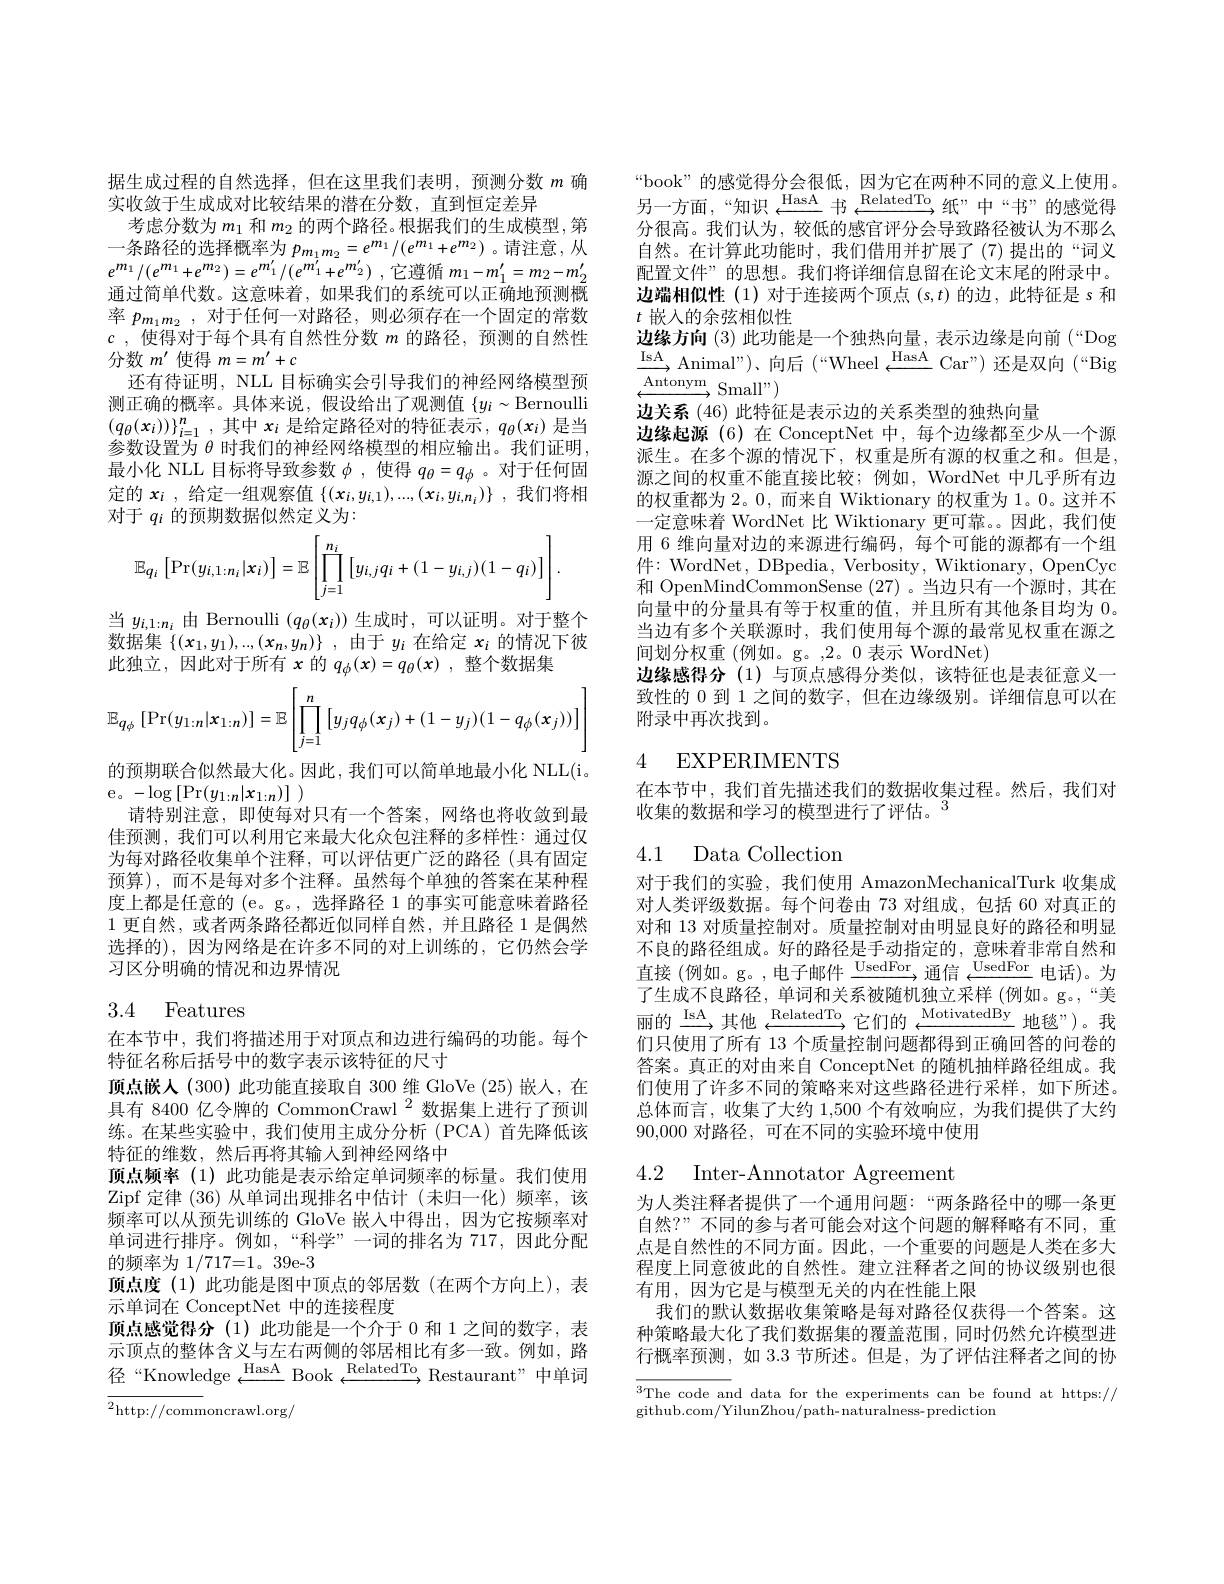
据生成过程的自然选择，但在这里我们表明，预测分数$m$确
实收敛于生成成对比较结果的潜在分数，直到恒定差异
考虑分数为$m_1$和$m_2$的两个路径。根据我们的生成模型，第一条路径的选择概率为$p_{m_1m_2}=e^{m_1}/(e^{m_1}+e^{m_2})$ 。请注意，从$e^{m_{1}}/ ( e^{m_{1}}+ e^{m_{2}}) = e^{m_{1}^{\prime }}/ ( e^{m_{1}^{\prime }}+ e^{m_{2}^{\prime }})$ ,它遵循$m_1-m_{1}^{\prime}=m_{2}-m_{2}^{\prime}$ 通过简单代数。这意味着，如果我们的系统可以正确地预测概率$p_{m_1m_2}$,对于任何一对路径，则必须存在一个固定的常数$c$ , 使得对于每个具有自然性分数 $m$ 的路径，预测的自然性分数$m^\prime$使得$m=m^\prime+c$
还有待证明，NLL 目标确实会引导我们的神经网络模型预测正确的概率。具体来说，假设给出了观测值$\{y_i\sim$Bernoulli $(q_\theta(x_i))\}_{i=1}^n$,其中$x_i$是给定路径对的特征表示，$q_\theta(x_i)$是当参数设置为$\theta$时我们的神经网络模型的相应输出。我们证明， 最小化 NLL 目标将导致参数$\phi$ ,使得$q_\theta=q_\phi$ 。对于任何固定的$x_i$ ,给定一组观察值$\{(x_i,y_{i,1}),...,(x_i,y_{i,n_i}^{\prime})\}$ ,我们将相对于$q_i$的预期数据似然定义为：
$$\mathbb{E}_{q_i}\left[\Pr(y_{i,1:n_i}|x_i)\right]=\mathbb{E}\left[\prod_{j=1}^{n_i}\left[y_{i,j}q_i+(1-y_{i,j})(1-q_i)\right]\right].$$
当$y_{i,1:n_i}$由 Bernoulli $(q_\theta(x_i))$生成时，可以证明。对于整个数据集$\{(x_1,y_1),..,(x_n,y_n)\}$ ,由于$y_i$在给定$x_i$的情况下彼此独立，因此对于所有$x$的$q_\phi(x)=q_\theta(x)$ ,整个数据集
$$\mathbb{E}_{q_\phi}\left[\Pr(y_{1:n}|x_{1:n})\right]=\mathbb{E}\left[\prod_{j=1}^n\left[y_jq_\phi(x_j)+(1-y_j)(1-q_\phi(x_j))\right]\right]$$
的预期联合似然最大化。因此，我们可以简单地最小化 NLL(i。
e。$-\log\left[\Pr(y_{1:n}|x_{1:n})\right])$
请特别注意，即使每对只有一个答案，网络也将收敛到最佳预测，我们可以利用它来最大化众包注释的多样性：通过仅为每对路径收集单个注释，可以评估更广泛的路径(具有固定预算),而不是每对多个注释。虽然每个单独的答案在某种程度上都是任意的 (e。g。, 选择路径 1 的事实可能意味着路径1更自然，或者两条路径都近似同样自然，并且路径 1 是偶然选择的),因为网络是在许多不同的对上训练的，它仍然会学习区分明确的情况和边界情况
3.4 Features

在本节中，我们将描述用于对顶点和边进行编码的功能。每个
特征名称后括号中的数字表示该特征的尺寸
顶点嵌人 (300) 此功能直接取自 300 维 GloVe (25)嵌人，在具有 8400 亿令牌的 CommonCrawl $^{2}$数据集上进行了预训练。在某些实验中，我们使用主成分分析(PCA)首先降低该特征的维数，然后再将其输入到神经网络中
顶点频率(1)此功能是表示给定单词频率的标量。我们使用Zipf 定律 (36) 从单词出现排名中估计 (未归一化)频率，该频率可以从预先训练的 GloVe 嵌入中得出，因为它按频率对单词进行排序。例如，“科学”一词的排名为 717,因此分配的频率为 1/717=1。39e-3
顶点度(1)此功能是图中顶点的邻居数(在两个方向上),表
示单词在 ConceptNet 中的连接程度
顶点感觉得分(1)此功能是一个介于 0 和 1 之间的数字，表示顶点的整体含义与左右两侧的邻居相比有多一致。例如，路径“Knowledge $\overset{\mathrm{HasA}}{\operatorname*{\operatorname*{\longrightarrow}}}$Book $\overset{\mathrm{RelatedTo}}{\operatorname*{\operatorname*{\longrightarrow}}}$Restaurant"中单词

${\overline{{^2}\mathrm{http:}//\mathrm{comm}}}$oncrawl.org/

“book”的感觉得分会很低，因为它在两种不同的意义上使用。另一方面，“知识 $\xrightarrow{\mathrm{HasA}}$书 $\xrightarrow{\mathrm{RelatedTo}}$纸”中“书”的感觉得分很高。我们认为，较低的感官评分会导致路径被认为不那么自然。在计算此功能时，我们借用并扩展了(7)提出的“词义配置文件”的思想。我们将详细信息留在论文末尾的附录中。边端相似性(1)对于连接两个顶点$(s,t)$的边，此特征是 s 和$t$嵌入的余弦相似性
边缘方向 (3) 此功能是一个独热向量，表示边缘是向前 (“Dog $\xrightarrow{\mathrm{IsA}}$Animal")、向后$(“\mathrm{Wheel}\xleftarrow\mathrm{HasA}$Car”)还是双向$( “$Big ${\vec{\underset{\operatorname*{\operatorname*{Antonym}}}}}$Small")
边关系 (46) 此特征是表示边的关系类型的独热向量
边缘起源(6)在 ConceptNet 中，每个边缘都至少从一个源派生。在多个源的情况下，权重是所有源的权重之和。但是源之间的权重不能直接比较；例如，WordNet 中几乎所有边的权重都为2。0,而来自 Wiktionary 的权重为 1。0。这并不一定意味着 WordNet 比 Wiktionary 更可靠。因此，我们使用 6 维向量对边的来源进行编码，每个可能的源都有一个组件：WordNet, DBpedia, Verbosity, Wiktionary, OpenCyc 和 OpenMindCommonSense (27) 。当边只有一个源时，其在向量中的分量具有等于权重的值，并且所有其他条目均为0。当边有多个关联源时，我们使用每个源的最常见权重在源之间划分权重(例如。g。,2。0 表示 WordNet)
边缘感得分(1)与顶点感得分类似，该特征也是表征意义一致性的 0 到 1 之间的数字，但在边缘级别。详细信息可以在附录中再次找到。

## 4 EXPERIMENTS

在本节中，我们首先描述我们的数据收集过程。然后，我们对
收集的数据和学习的模型进行了评估。$^{3}$

## 4.1 Data Collectiom

对于我们的实验，我们使用 AmazonMechanicalTurk 收集成对人类评级数据。每个问卷由 73 对组成，包括 60 对真正的对和 13 对质量控制对。质量控制对由明显良好的路径和明显不良的路径组成。好的路径是手动指定的，意味着非常自然和直接(例如。g。,电子邮件$\xrightarrow\mathrm{UsedFor}$通信$\xrightarrow{\mathrm{UsedFor}}$电话)。为了生成不良路径，单词和关系被随机独立采样(例如。g。,“美丽的$\xrightarrow{\mathrm{IsA}}$其他$\xrightarrow{\mathrm{RelatedTo}}$它们的$\xrightarrow{\mathrm{MotivatedBy}}$地毯”)。我们只使用了所有 13 个质量控制问题都得到正确回答的问卷的答案。真正的对由来自 ConceptNet 的随机抽样路径组成。我们使用了许多不同的策略来对这些路径进行采样，如下所述。总体而言，收集了大约 1,500 个有效响应，为我们提供了大约90,000对路径，可在不同的实验环境中使用

4.2 Inter-Annotator Agreement

为人类注释者提供了一个通用问题：“两条路径中的哪一条更自然？”不同的参与者可能会对这个问题的解释略有不同，重点是自然性的不同方面。因此，一个重要的问题是人类在多大程度上同意彼此的自然性。建立注释者之间的协议级别也很有用，因为它是与模型无关的内在性能上限
我们的默认数据收集策略是每对路径仅获得一个答案。这种策略最大化了我们数据集的覆盖范围，同时仍然允许模型进行概率预测，如 3.3 节所述。但是，为了评估注释者之间的协

$\overline{3\text{The code and data for the experiments can be found at https://}}$
github.com/YilunZhou/path-naturalness- prediction